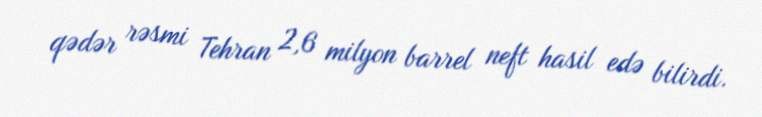
qədər rəsmi Tehran 2,6 milyon barrel neft hasil edə bilirdi.